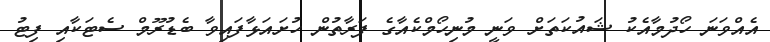
އެއްވަނަ ހޯދުމާއެކު ޝައުކަތަށް ވަނީ މުނިހޯމްކެއާގެ ފަރާތުން ހުށައަޅާފައިވާ ބެޑުރޫމް ސެޓަކާއި ފިޓު